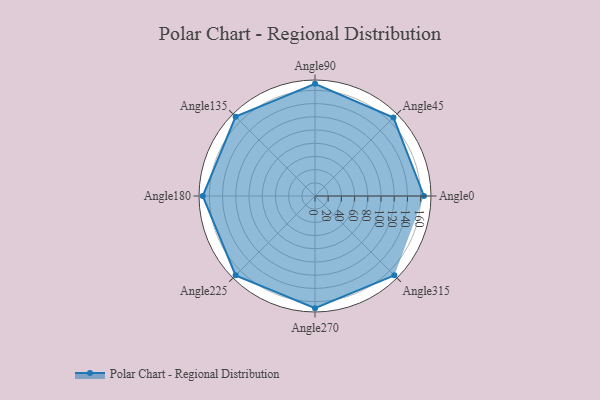
{"axis": {"x": "Angle", "y": "Radius"}, "legend": [""], "data": [{"x": "Angle0", "y": 165.0, "type": ""}, {"x": "Angle45", "y": 168.0, "type": ""}, {"x": "Angle90", "y": 170.0, "type": ""}, {"x": "Angle135", "y": 170, "type": ""}, {"x": "Angle180", "y": 170, "type": ""}, {"x": "Angle225", "y": 170, "type": ""}, {"x": "Angle270", "y": 170, "type": ""}, {"x": "Angle315", "y": 170, "type": ""}]}